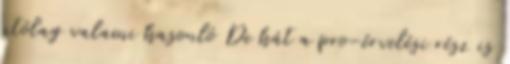
utólag valami hasonló De hát a pro-érvelési rész is